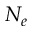
N _ { e }